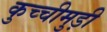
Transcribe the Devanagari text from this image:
कुच्चीमुड़ी